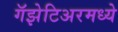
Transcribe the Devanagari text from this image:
गॅझेटिअरमध्ये